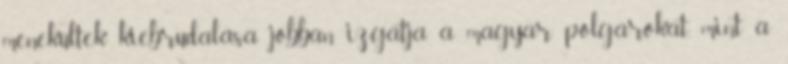
menekültek kiebrudalása jobban izgatja a magyar polgárokat, mint a